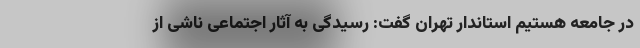
در جامعه هستیم استاندار تهران گفت: رسیدگی به آثار اجتماعی ناشی از